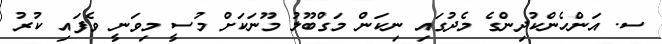
ސ. އަންހެންކުދިންގެ މެދުގައި ނިކަން މަގްބޫލު މޫނަކަށް މުސީ މިވަނީ ވެފައި ކުރު